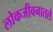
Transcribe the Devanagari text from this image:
लोकजीवनातले